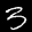
Label: 3